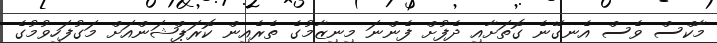
މާކްސް ވެސް އެނގޭނެ ގޮތަށާއި ދެފުށް ފެންނަ މިނިޒާމުގެ ތެރެއިން ކޮރަޕްޝަންއަށް މަގުފަހިވުމުގެ